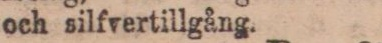
och silfvertillgång.